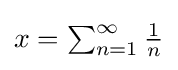
\textstyle x=\sum _{n=1}^{\infty }{\frac {1}{n}}